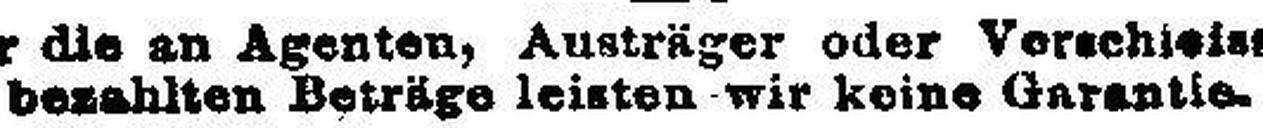
bezahlten Beträge leisten wir keine Garantie.